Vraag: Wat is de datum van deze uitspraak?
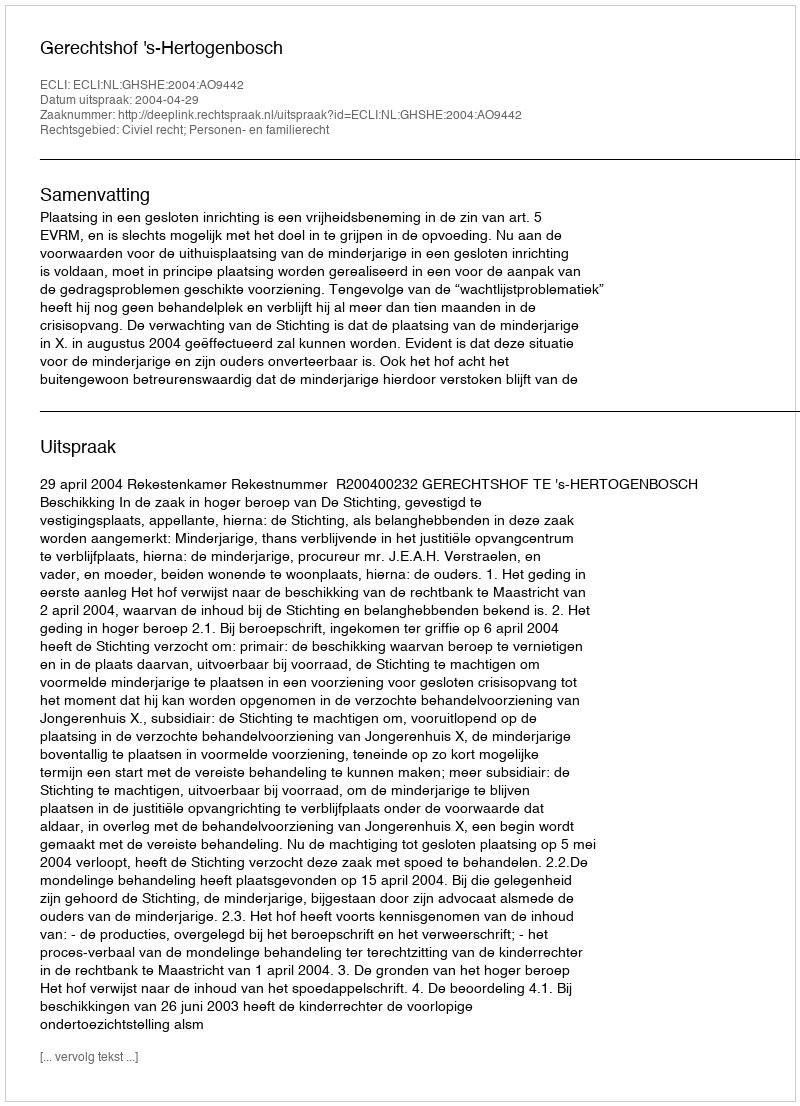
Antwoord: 2004-04-29